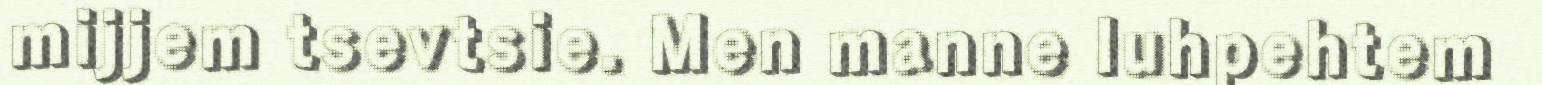
mijjem tsevtsie. Men manne luhpehtem